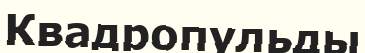
Квадропульды